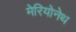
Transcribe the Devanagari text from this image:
मेरियोनेथ